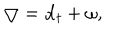
LaTeX: \bigtriangledown = { \bf d } _ { t } + \omega ,